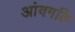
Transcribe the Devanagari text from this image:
आंवगति